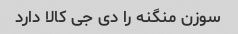
سوزن منگنه را دی جی کالا دارد